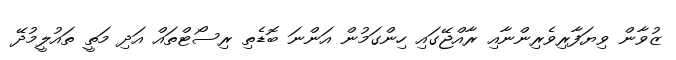
ޒުވާން ވިޔަފާރިވެރިންނާއި ރާއްޖޭގައި ހިންގަމުން އަންނަ ބޮޑެތި ރިސޯޓްތައް އަދި މަތީ ތައުލީމުދޭ